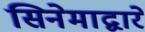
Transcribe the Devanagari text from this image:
सिनेमाद्वारे